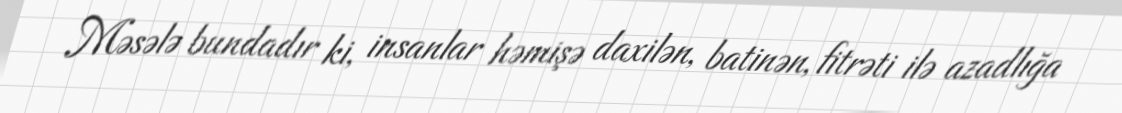
Məsələ bundadır ki, insanlar həmişə daxilən, batinən, fitrəti ilə azadlığa